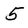
Character: 5